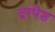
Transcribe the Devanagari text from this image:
दरपेश